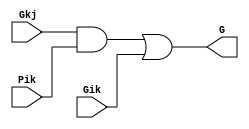
module gray_cell(Gkj, Pik, Gik, G); //gray cell
input Gkj, Pik, Gik;
output G;
wire Y;

and(Y, Gkj, Pik); 
or(G, Y, Gik);

endmodule


module black_cell(Gkj, Pik, Gik, Pkj, G, P); //black cell
input Gkj, Pik, Gik, Pkj;
output G, P;
wire Y;
and(Y, Gkj, Pik); 
or(G, Gik, Y);
and(P, Pkj, Pik);

endmodule


module and_xor(a, b, p, g); 
//very first inputs - and/xor 
input a, b;
output p, g;
xor(p, a, b); 
and(g, a, b);

endmodule



//8-bit Kogge-Stone adder
module kogge_stone (x, y, sum, cin, cout); 
//kogge stone structural model
input [7:0] x, y; //input 
output [7:0] sum; 
//output 
input cin; //carry-in
output cout; //carry-out
wire [7:0] G_Z, P_Z, //wires
G_A, P_A, 
G_B, P_B, 
G_C, P_C;


//level 1
gray_cell level_0A(cin, P_Z[0], G_Z[0], G_A[0]);
black_cell level_1A(G_Z[0], P_Z[1], G_Z[1], P_Z[0], G_A[1], P_A[1]); 
black_cell level_2A(G_Z[1], P_Z[2], G_Z[2], P_Z[1], G_A[2], P_A[2]); 
black_cell level_3A(G_Z[2], P_Z[3], G_Z[3], P_Z[2], G_A[3], P_A[3]); 
black_cell level_4A(G_Z[3], P_Z[4], G_Z[4], P_Z[3], G_A[4], P_A[4]); 
black_cell level_5A(G_Z[4], P_Z[5], G_Z[5], P_Z[4], G_A[5], P_A[5]); 
black_cell level_6A(G_Z[5], P_Z[6], G_Z[6], P_Z[5], G_A[6], P_A[6]); 
black_cell level_7A(G_Z[6], P_Z[7], G_Z[7], P_Z[6], G_A[7], P_A[7]);


//level 2
gray_cell level_1B(cin, P_A[1], G_A[1], G_B[1]);
gray_cell level_2B(G_A[0], P_A[2], G_A[2], G_B[2]);
black_cell level_3B(G_A[1], P_A[3], G_A[3], P_A[1], G_B[3], P_B[3]); 
black_cell level_4B(G_A[2], P_A[4], G_A[4], P_A[2], G_B[4], P_B[4]); 
black_cell level_5B(G_A[3], P_A[5], G_A[5], P_A[3], G_B[5], P_B[5]); 
black_cell level_6B(G_A[4], P_A[6], G_A[6], P_A[4], G_B[6], P_B[6]); 
black_cell level_7B(G_A[5], P_A[7], G_A[7], P_A[5], G_B[7], P_B[7]);


//level 3
gray_cell level_3C(cin, P_B[3], G_B[3], G_C[3]);
gray_cell level_4C(G_A[0], P_B[4], G_B[4], G_C[4]);
gray_cell level_5C(G_B[1], P_B[5], G_B[5], G_C[5]);
gray_cell level_6C(G_B[2], P_B[6], G_B[6], G_C[6]);
black_cell level_7C(G_B[3], P_B[7], G_B[7], P_B[3], G_C[7], P_C[7]);


//level 4 
gray_cell level_7D(cin, P_C[7], G_C[7], cout);
//xor with and
and_xor level_Z0(x[0], y[0], P_Z[0], G_Z[0]); 
and_xor level_Z1(x[1], y[1], P_Z[1], G_Z[1]); 
and_xor level_Z2(x[2], y[2], P_Z[2], G_Z[2]); 
and_xor level_Z3(x[3], y[3], P_Z[3], G_Z[3]); 
and_xor level_Z4(x[4], y[4], P_Z[4], G_Z[4]); 
and_xor level_Z5(x[5], y[5], P_Z[5], G_Z[5]); 
and_xor level_Z6(x[6], y[6], P_Z[6], G_Z[6]); 
and_xor level_Z7(x[7], y[7], P_Z[7], G_Z[7]);

//outputs
xor(sum[0], cin, P_Z[0]); xor(sum[1], G_A[0], P_Z[1]); 
xor(sum[2], G_B[1], P_Z[2]); xor(sum[3], G_B[2], P_Z[3]); 
xor(sum[4], G_C[3], P_Z[4]); xor(sum[5], G_C[4], P_Z[5]);
xor(sum[6], G_C[5], P_Z[6]); xor(sum[7], G_C[6], P_Z[7]);
endmodule